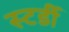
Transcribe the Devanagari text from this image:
स्टर्डी